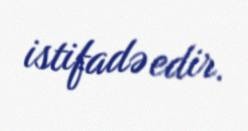
istifadə edir.